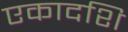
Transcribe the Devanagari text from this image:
एकादशि